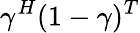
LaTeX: \gamma^{H}(1-\gamma)^{T}